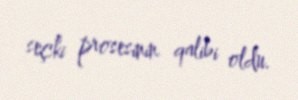
seçki prosesinin qalibi oldu.